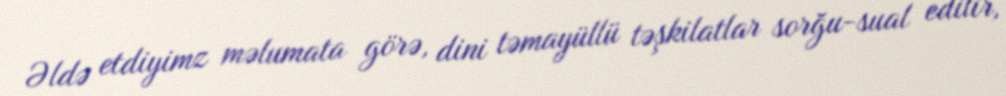
Əldə etdiyimz məlumata görə, dini təmayüllü təşkilatlar sorğu-sual edilir,